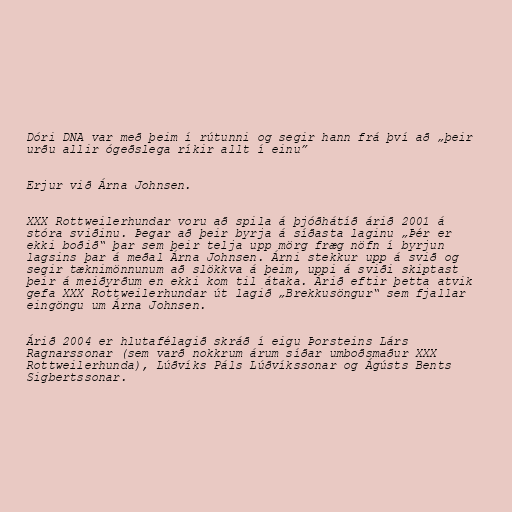
Dóri DNA var með þeim í rútunni og segir hann frá því að „þeir
urðu allir ógeðslega ríkir allt í einu”

Erjur við Árna Johnsen.

XXX Rottweilerhundar voru að spila á þjóðhátíð árið 2001 á
stóra sviðinu. Þegar að þeir byrja á síðasta laginu „Þér er
ekki boðið“ þar sem þeir telja upp mörg fræg nöfn í byrjun
lagsins þar á meðal Árna Johnsen. Árni stekkur upp á svið og
segir tæknimönnunum að slökkva á þeim, uppi á sviði skiptast
þeir á meiðyrðum en ekki kom til átaka. Árið eftir þetta atvik
gefa XXX Rottweilerhundar út lagið „Brekkusöngur“ sem fjallar
eingöngu um Árna Johnsen.

Árið 2004 er hlutafélagið skráð í eigu Þorsteins Lárs
Ragnarssonar (sem varð nokkrum árum síðar umboðsmaður XXX
Rottweilerhunda), Lúðvíks Páls Lúðvíkssonar og Ágústs Bents
Sigbertssonar.